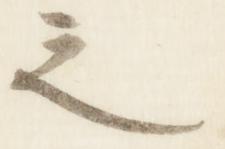
之